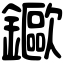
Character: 䥲